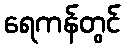
ရေကန်တွင်